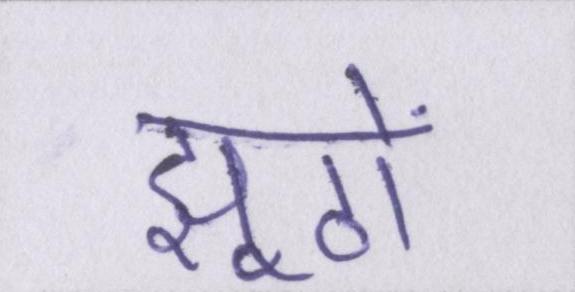
झूठों